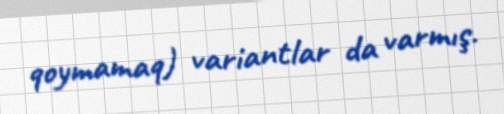
qoymamaq) variantlar da varmış.